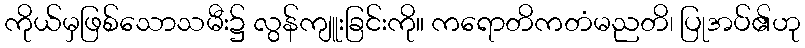
ကိုယ်မှဖြစ်သောသမီး၌ လွန်ကျူးခြင်းကို။ ကရောတိကတံမညတိ၊ ပြုအပ်၏ဟု